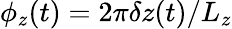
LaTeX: \phi_{z}(t)=2\pi\delta z(t)/{L_{z}}